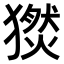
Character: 𤢅